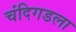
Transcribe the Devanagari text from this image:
चंदिगडला